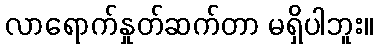
လာရောက်နှုတ်ဆက်တာ မရှိပါဘူး။